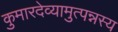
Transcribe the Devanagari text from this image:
कुमारदेव्यामुत्पन्नस्य